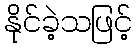
နိုင်ခဲ့သဖြင့်